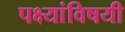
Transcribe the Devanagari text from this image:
पक्ष्यांविषयी